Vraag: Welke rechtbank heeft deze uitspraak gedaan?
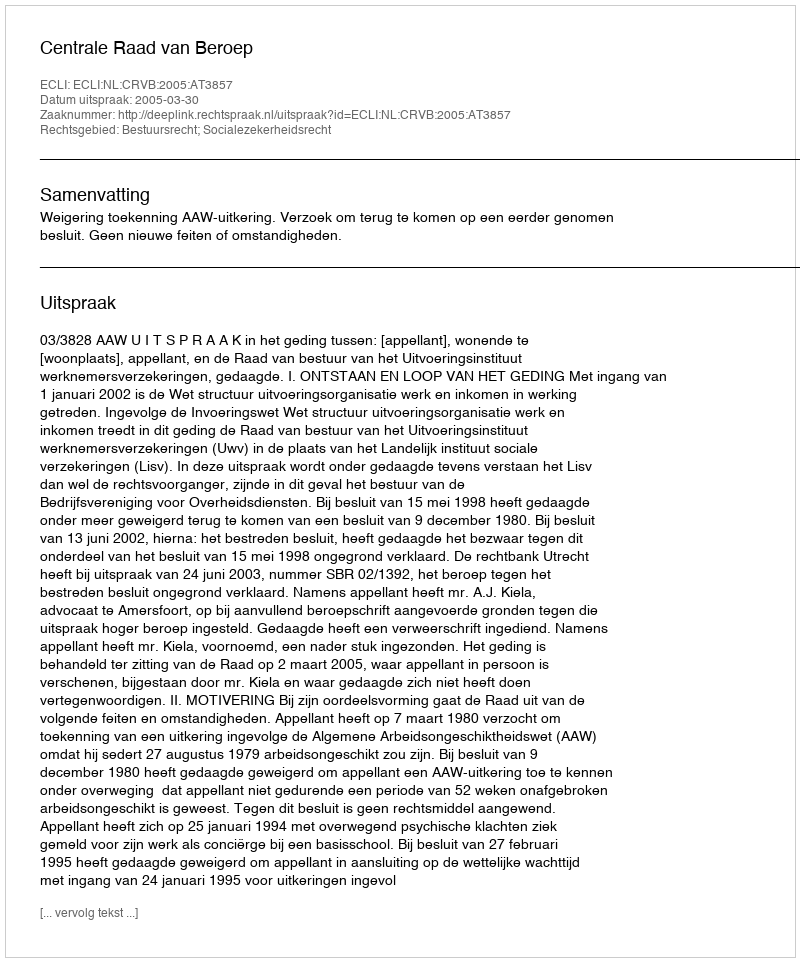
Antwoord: Centrale Raad van Beroep